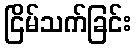
ငြိမ်သက်ခြင်း